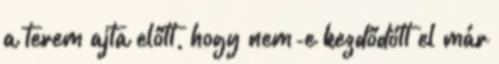
a terem ajta előtt, hogy nem-e kezdődött el már